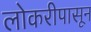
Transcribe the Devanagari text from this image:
लोकरीपासून